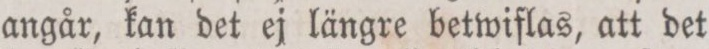
angår, kan det ej längre betwiflas, att det